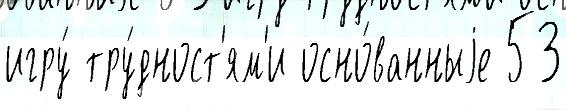
игру́ тру́дност'ям'и осно́ванныjе 53